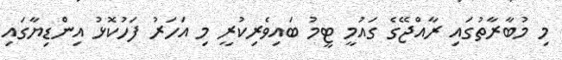
މި މުބާރާތުގައި ރާއްޖޭގެ ގައުމީ ޓީމު ބައިވެރިކުރީ މި އަހަރު ފަހުކޮޅު އިންޑިޔާގައި